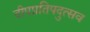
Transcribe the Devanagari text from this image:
दीपप्रतिपदुत्सव